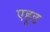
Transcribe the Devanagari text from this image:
एहूड